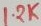
Text: 1.2K